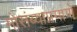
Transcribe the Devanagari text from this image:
मोसंब्याप्रमाणे